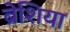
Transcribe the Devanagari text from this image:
ब्रेशिया